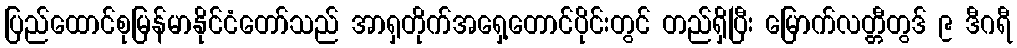
ပြည်ထောင်စုမြန်မာနိုင်ငံတော်သည် အာရှတိုက်အရှေ့တောင်ပိုင်းတွင် တည်ရှိပြီး မြောက်လတ္တီတွဒ် ၉ ဒီဂရီ